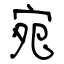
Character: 宛